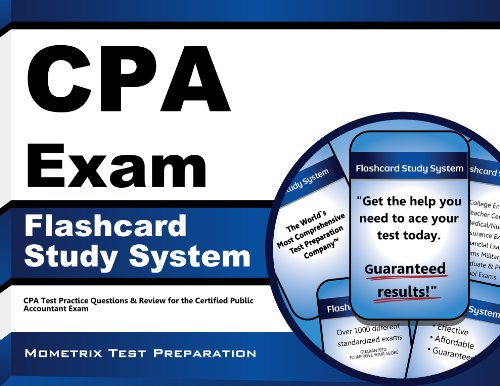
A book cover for CPA Exam Flashcard Study System: CPA Test Practice Questions & Review for the Certified Public Accountant Exam (Cards); CPA Exam Secrets Test Prep Team; Test Preparation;